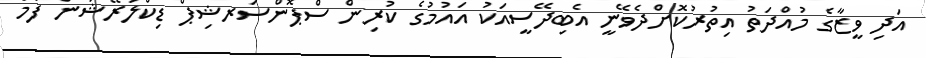
އަދި ވީޒާގެ މުއްދަތު އިތުރުކޮށްދެވޭނީ އެބިދޭސީއަކު އައުމުގެ ކުރިން ސްޕޮންސަރޝިޕް ޑިކްލަރޭޝަން ފޯމު